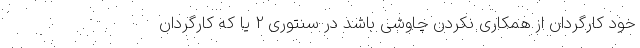
خود کارگردان از همکاری نکردن چاوشی باشد در سنتوری 2 یا که کارگردان